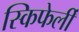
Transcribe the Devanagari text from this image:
स्किफेर्ली